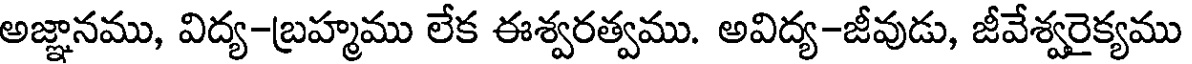
అజ్ఞానము, విద్య-బ్రహ్మము లేక ఈశ్వరత్వము. అవిద్య-జీవుడు, జీవేశ్వరైక్యము